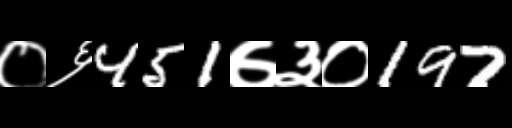
Text: ०६451७३०197